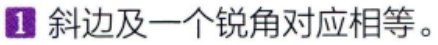
1 斜边及一个锐角对应相等。